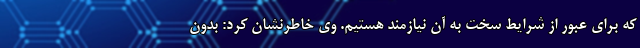
که برای عبور از شرایط سخت به آن نیازمند هستیم. وی خاطرنشان کرد: بدون